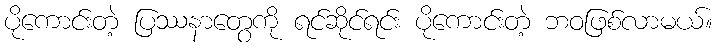
ပိုကောင်းတဲ့ ပြဿနာတွေကို ရင်ဆိုင်ရင်း ပိုကောင်းတဲ့ ဘဝဖြစ်လာမယ်။